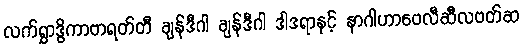
လက်ရွှာဒွိကာဗာရတ်တီ ချန်ဒီဂါ ချန်ဒီဂါ ဒါဒရာနှင့် နာဂါဟာဗေလီဆီလဗတ်ဆ